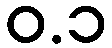
ဝ.၁